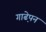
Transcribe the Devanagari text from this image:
गाढे़पन